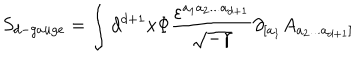
S _ { d - g a u g e } = \int d ^ { d + 1 } x \Phi \frac { \varepsilon ^ { a _ { 1 } a _ { 2 } . . . a _ { d + 1 } } } { \sqrt { - \gamma } } \partial _ { [ a _ { 1 } } A _ { a _ { 2 } . . . a _ { d + 1 } ] }